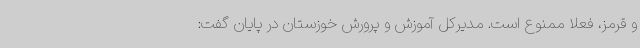
و قرمز، فعلا ممنوع است. مدیرکل آموزش و پرورش خوزستان در پایان گفت: